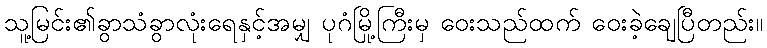
သူ့မြင်း၏ခွာသံခွာလုံးရေနှင့်အမျှ ပုဂံမြို့ကြီးမှ ဝေးသည်ထက် ဝေးခဲ့ချေပြီတည်း။